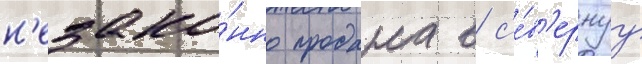
н'езако́нно продана в с'е́в'ернуу